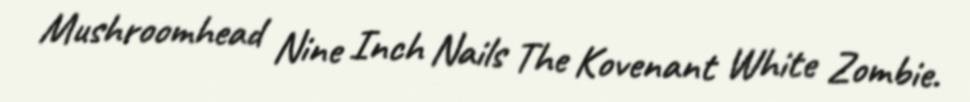
Mushroomhead Nine Inch Nails The Kovenant White Zombie.